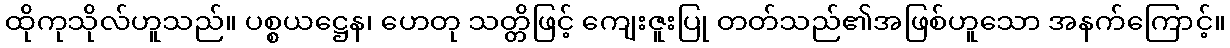
ထိုကုသိုလ်ဟူသည်။ ပစ္စယဋ္ဌေန၊ ဟေတု သတ္တိဖြင့် ကျေးဇူးပြု တတ်သည်၏အဖြစ်ဟူသော အနက်ကြောင့်။